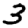
Digit: 3